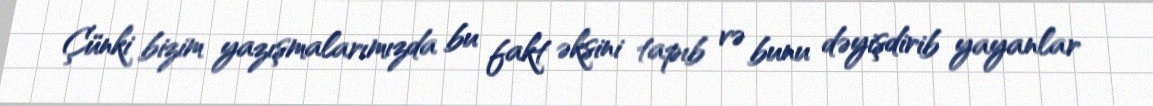
Çünki bizim yazışmalarımızda bu fakt əksini tapıb və bunu dəyişdirib yayanlar